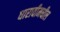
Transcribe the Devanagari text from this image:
धारावीमधील